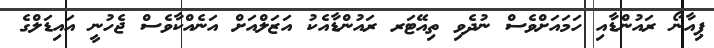
ޕިއާނޯ ރައުންޑާއި ހަމައަށްވެސް ނުދެވި ތިއޭޓަރ ރައުންޑާއެކު އަޒަލްއަށް އަނެއްކާވެސް ޖެހުނީ އައިޑަލްގެ